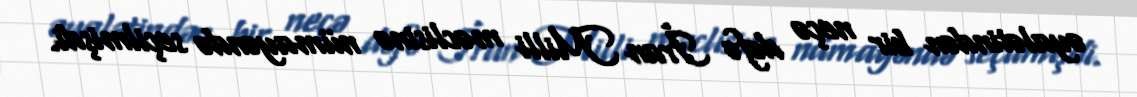
əyalətindən bir neçə dəfə İran Milli məclisinə nümayəndə seçilmişdi.